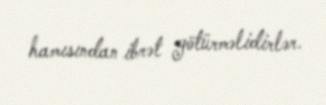
hamısından ibrət götürməlidirlər.